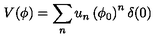
V ( \phi ) = \sum _ { n } u _ { n } \left( \phi _ { 0 } \right) ^ { n } \delta ( 0 )